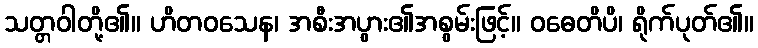
သတ္တဝါတို့၏။ ဟိတဝသေန၊ အစီးအပွား၏အစွမ်းဖြင့်။ ဝဓေတိပိ၊ ရိုက်ပုတ်၏။